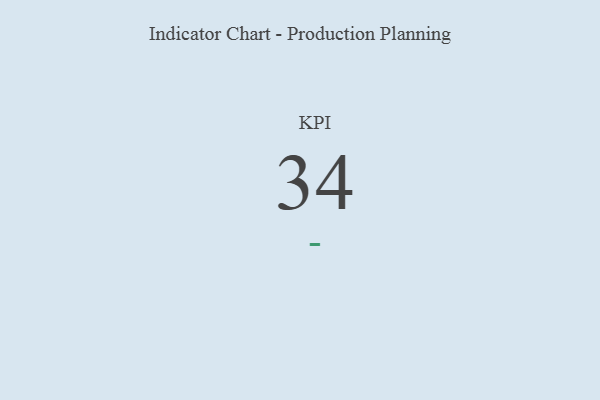
{"axis": {"x": "KPI", "y": "Value"}, "legend": [""], "data": [{"x": "KPI", "y": 34, "type": ""}]}